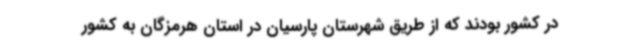
در کشور بودند که از طریق شهرستان پارسیان در استان هرمزگان به کشور